system: You are a helpful assistant.
user:
Analyze the provided spectrum to determine if it is a **"Cataclysmic Variables (CV)"**.

- **Key Indicators for CV (Check for either state):**
    - **State 1: Quiescent / Low-State (Emission-Dominated)**
        - **(Primary):** Strong and *very broad* Hydrogen Balmer emission lines (e.g., $H\alpha$ at 6563 Å, $H\beta$ at 4861 Å). The 'broadness' (high velocity dispersion, often FWHM > 1000 km/s) is the key diagnostic, indicating a high-velocity accretion disk.
        - **(Secondary):** Broad neutral Helium (He I) emission lines (e.g., 5876 Å, 6678 Å).
        - **(Key Confirmation):** Presence of high-excitation *ionized* Helium (He II) emission at 4686 Å. This is a strong indicator of accretion onto a white dwarf.
        - **(Line Profile):** Emission lines may exhibit a 'double-peaked' profile, which is a classic signature of a rotating accretion disk viewed at high inclination.

    - **State 2: Outburst / High-State (Absorption-Dominated)**
        - **(Primary):** Spectrum is dominated by a bright, blue continuum (looks like a hot star).
        - **(Secondary):** The emission lines from State 1 are weak, absent, or 'filled in', and are replaced by broad, shallow *absorption* lines (primarily Balmer and He I).
        - **(Morphology):** The overall spectrum mimics a hot B/A-type star. The crucial difference is that the absorption lines are significantly broader, shallower, and more 'washed-out' (or 'smeared') than the sharp lines of a normal stellar photosphere, due to high rotational speeds and pressure broadening in the disk.

Think first, call **spectral_visualization_tool** if needed to examine features in detail, then provide your final answer. Your response must adhere to the following strict rules:
1.  **Overall Structure:** Your response must follow the format `<think>...</think> <tool_call>...</tool_call> (if a tool is used) <answer>...</answer>`.
2.  **Tool Usage Constraint:** You may only make **one** tool call per turn.
3.  **Final Answer Format:** In the `<answer>` tag, your conclusion must be inside a `\boxed{}` command (e.g., `\boxed{YES}`), followed by your justification.

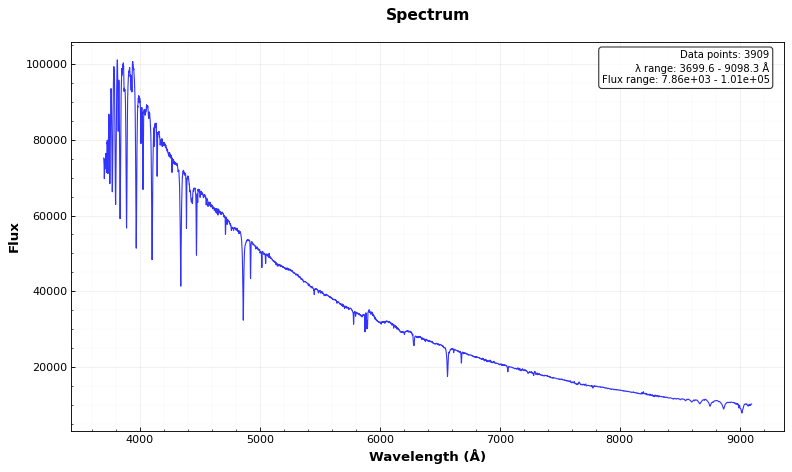
Answer: NO